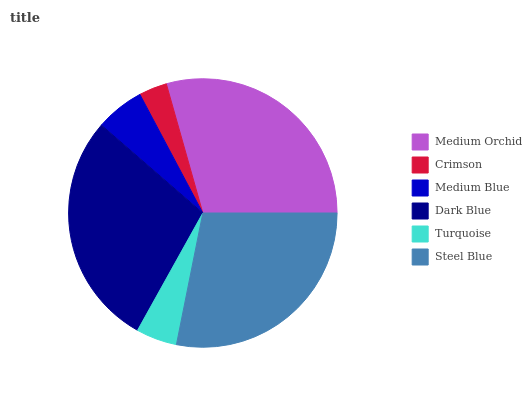
| Medium Orchid | Crimson | Medium Blue | Dark Blue | Turquoise | Steel Blue |
 | --- | --- | --- | --- | --- | --- |
 | 29.4% | 3.39% | 5.86% | 28.3% | 4.93% | 28.1% |